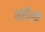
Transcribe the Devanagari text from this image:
शरीरके